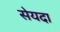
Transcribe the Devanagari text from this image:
सेयदा